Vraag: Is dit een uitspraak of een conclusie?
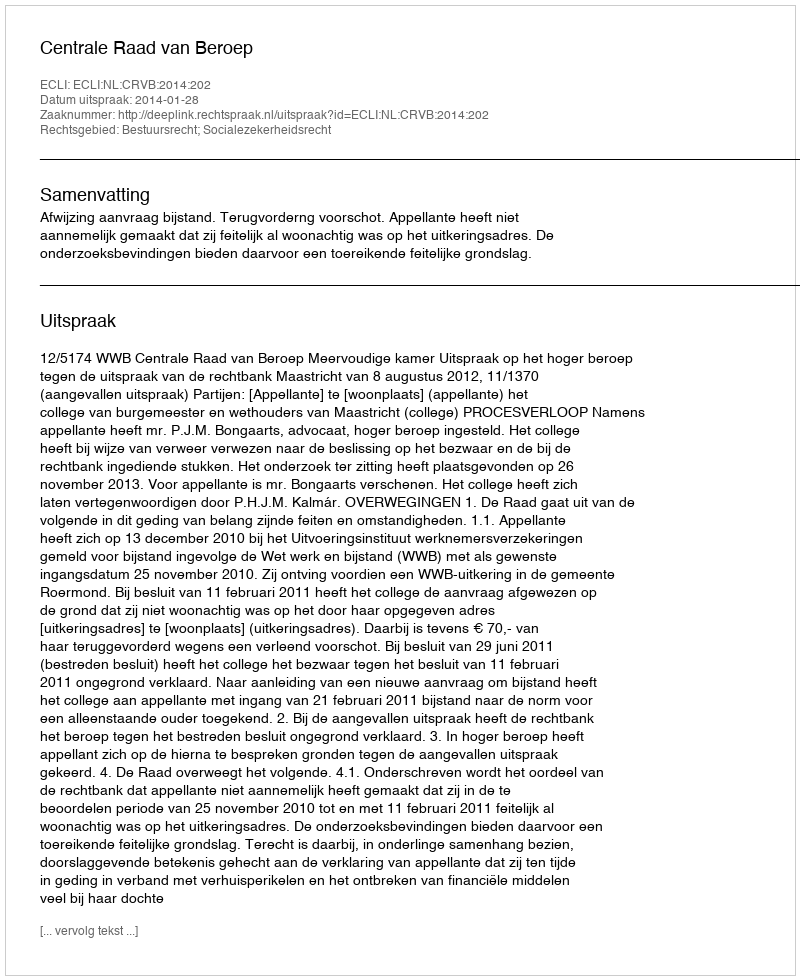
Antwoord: Uitspraak